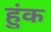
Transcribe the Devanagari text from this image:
हुंक